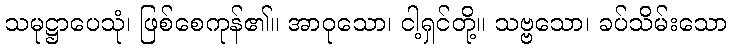
သမုဋ္ဌာပေသုံ၊ ဖြစ်စေကုန်၏။ အာဝုသော၊ ငါ့ရှင်တို့။ သဗ္ဗသော၊ ခပ်သိမ်းသော